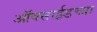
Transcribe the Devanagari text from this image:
ऑक्‍साईडच्या